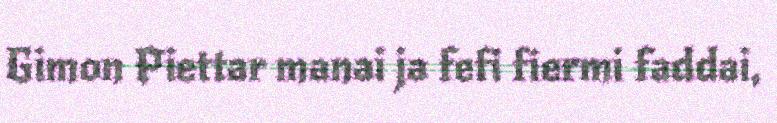
Gimon Piettar manai ja fefi fiermi faddai,